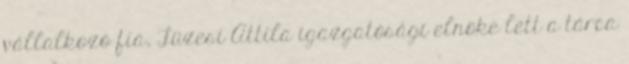
vállalkozó fia, Füzesi Attila igazgatósági elnöke lett a tárca